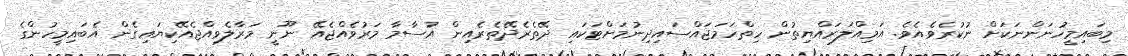
މިބައިމީހުނަންނަކަށް ނުކުރެވެއެވެ. އަމިއްލަރައްޔިތުން ހިތްހަމަޖައްސައިދިނުމަށްޓަކައި ދޭތެރެދޭތެރެއިން އުސާމާ މަރުވެއްޖެއޭ ނޫނީ މަރާލެވިއްޖެއޭކިޔައިގެން އެބައިމީހުންގެ